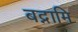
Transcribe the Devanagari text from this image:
बद्नामि